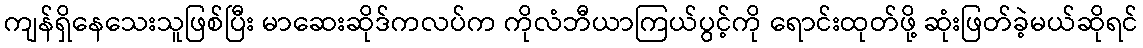
ကျန်ရှိနေသေးသူဖြစ်ပြီး မာဆေးဆိုဒ်ကလပ်က ကိုလံဘီယာကြယ်ပွင့်ကို ရောင်းထုတ်ဖို့ ဆုံးဖြတ်ခဲ့မယ်ဆိုရင်